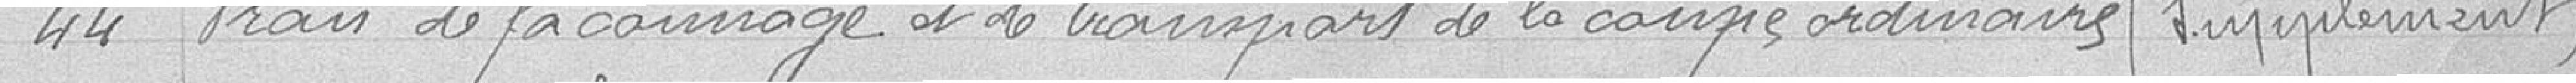
44 Frais de façonnage et de transport de la coupe ordinaire / Supplément /